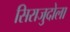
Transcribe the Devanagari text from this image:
सिराजुदोला